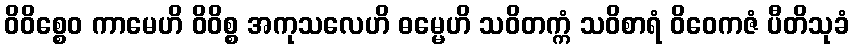
ဝိဝိစ္စေဝ ကာမေဟိ ဝိဝိစ္စ အကုသလေဟိ ဓမ္မေဟိ သဝိတက္ကံ သဝိစာရံ ဝိဝေကဇံ ပီတိသုခံ